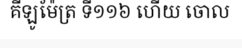
គីឡូម៉ែត្រ ទី១១៦ ហើយ ចោល